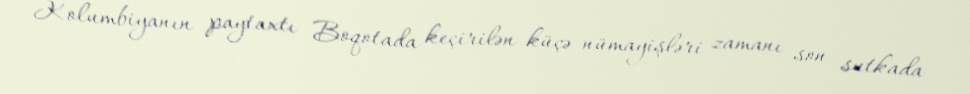
Kolumbiyanın paytaxtı Boqotada keçirilən küçə nümayişləri zamanı son sutkada